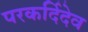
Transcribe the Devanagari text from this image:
परकर्दिदेव